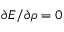
\partial E / \partial \rho = 0